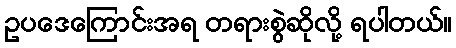
ဥပဒေကြောင်းအရ တရားစွဲဆိုလို့ ရပါတယ်။